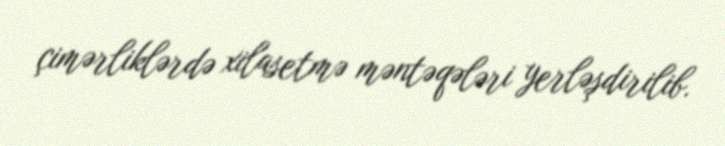
çimərliklərdə xilasetmə məntəqələri yerləşdirilib.